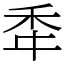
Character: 䄵